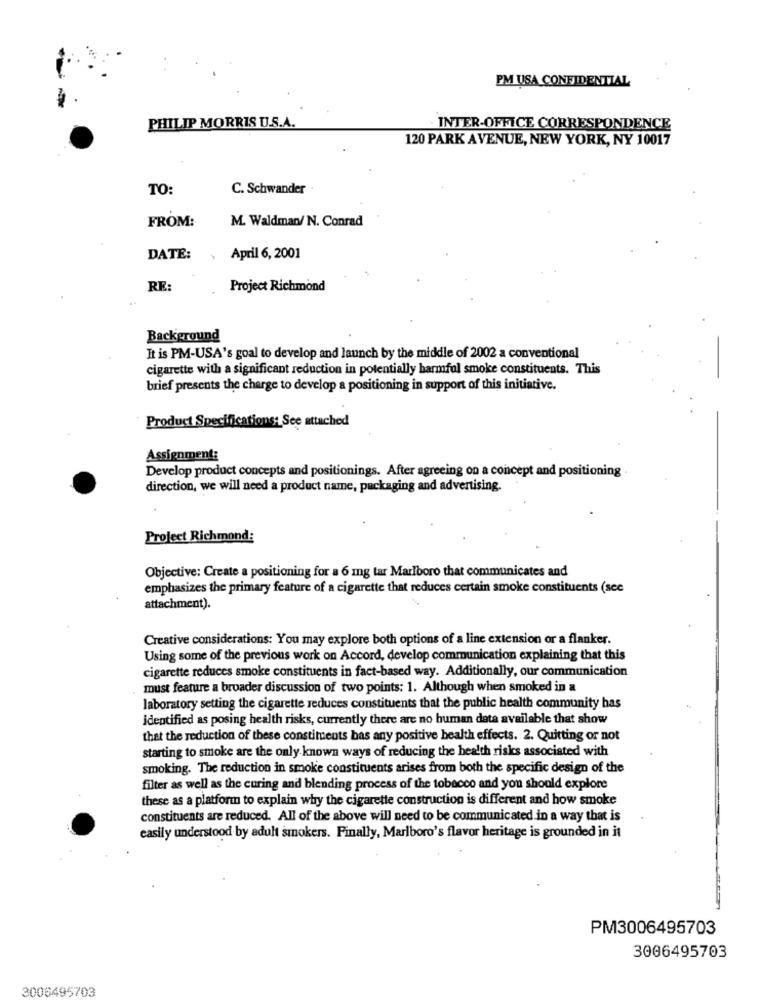
PM USA CONFIDENTIAL
PHILIP MORRIS U.S.A.
INTER-OFFICE CORRESPONDENCE
120 PARK AVENUE, NEW YORK, NY 10017
TO:
C. Schwander
FROM:
M. Waldman/ N. Conrad
DATE:
April 6, 2001
RE:
Project Richmond
Background
It is PM-USA's goal to develop and launch by the middle of 2002 a conventional
cigarette with a significant reduction in potentially harmful smoke constituents. This
brief presents the charge to develop a positioning in support of this initiative.
Product Specifications: See attached
Assignment:
Develop product concepts and positionings. After agreeing on a concept and positioning
direction, we will need a product name, packaging and advertising.
Project Richmond:
Objective: Create a positioning for a 6 mg tar Marlboro that communicates and
emphasizes the primary feature of a cigarette that reduces certain smoke constituents (scc
attachment).
Creative considerations: You may explore both options of a line extension or a flanker.
Using some of the previous work on Accord, develop communication explaining that this
cigarette reduces smoke constituents in fact-based way. Additionally, our communication
must feature a broader discussion of two points: 1. Although when smoked in a
laboratory setting the cigarette reduces constituents that the public health community has
identified as posing health risks, currently there are no human data available that show
that the reduction of these constituents bas any positive health effects. 2. Quitting or not
starting to smoke are the only known ways of reducing the health risks associated with
smoking. The reduction in smoke constituents arises from both the specific design of the
filter as well as the curing and blending process of the tobacco and you should explore
these as a platform to explain why the cigarette construction is different and how smoke
constituents are reduced. All of the above will need to be communicated in a way that is
easily understood by adult smokers. Finally, Marlboro's flavor heritage is grounded in it
PM3006495703
3006495703
3006495703